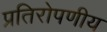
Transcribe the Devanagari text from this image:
प्रतिरोपणीय